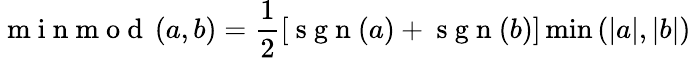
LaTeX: \mathrm{~m~i~n~m~o~d~}\left(a,b\right)=\frac{1}{2}\left[\mathrm{~s~g~n~}(a)+\mathrm{~s~g~n~}(b)\right]\operatorname*{min}\left(\left|a\right|,\left|b\right|\right)